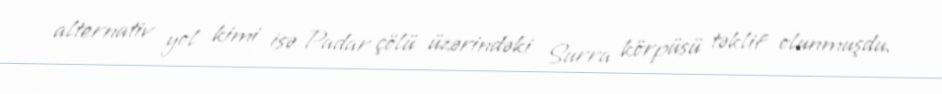
alternativ yol kimi isə Padar çölü üzərindəki Surra körpüsü təklif olunmuşdu.